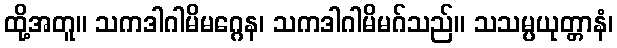
ထို့အတူ။ သကဒါဂါမိမဂ္ဂေန၊ သကဒါဂါမိမဂ်သည်။ သသမ္ပယုတ္တာနံ၊